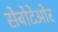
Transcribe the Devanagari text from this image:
सेबोटेओर